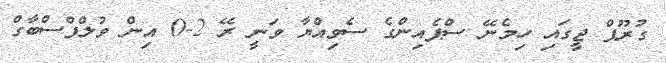
ގުރޫޕް ޖީގައި ހިމެނޭ ސްޕެއިންގެ ސެވިއްޔާ ވަނީ ރޭ 2-0 އިން ވުލްފްސްބާގް